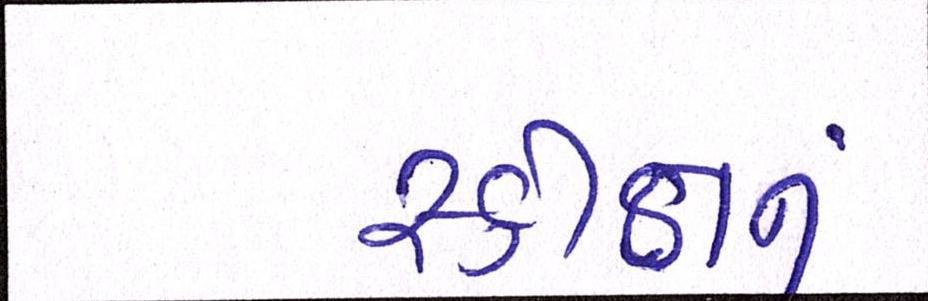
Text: સ્કીનનું